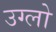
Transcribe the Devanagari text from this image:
उग्लो